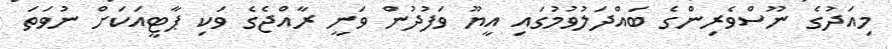
މިއަދުގެ ނޫސްވެރިންގެ ބައްދަލުވުމުގައި އީޔޫ ވަފުދުން ވަނީ ރާއްޖެގެ ވަކި ޕާޓީއަކަށް ނުވަތަ